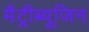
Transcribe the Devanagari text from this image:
मैट्रीब्यूजिन